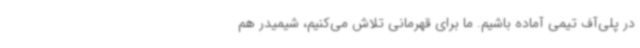
در پلی‌آف تیمی آماده باشیم. ما برای قهرمانی تلاش می‌کنیم، شیمیدر هم